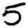
Digit: 5